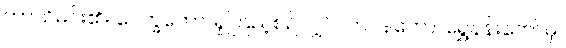
ကာသိမင်း၏။ ပေက္ခတော၊ ရှုကြည့်စဉ်လျှင်။ ဘဝနတော၊ ရွှေနန်းတော်မှ။